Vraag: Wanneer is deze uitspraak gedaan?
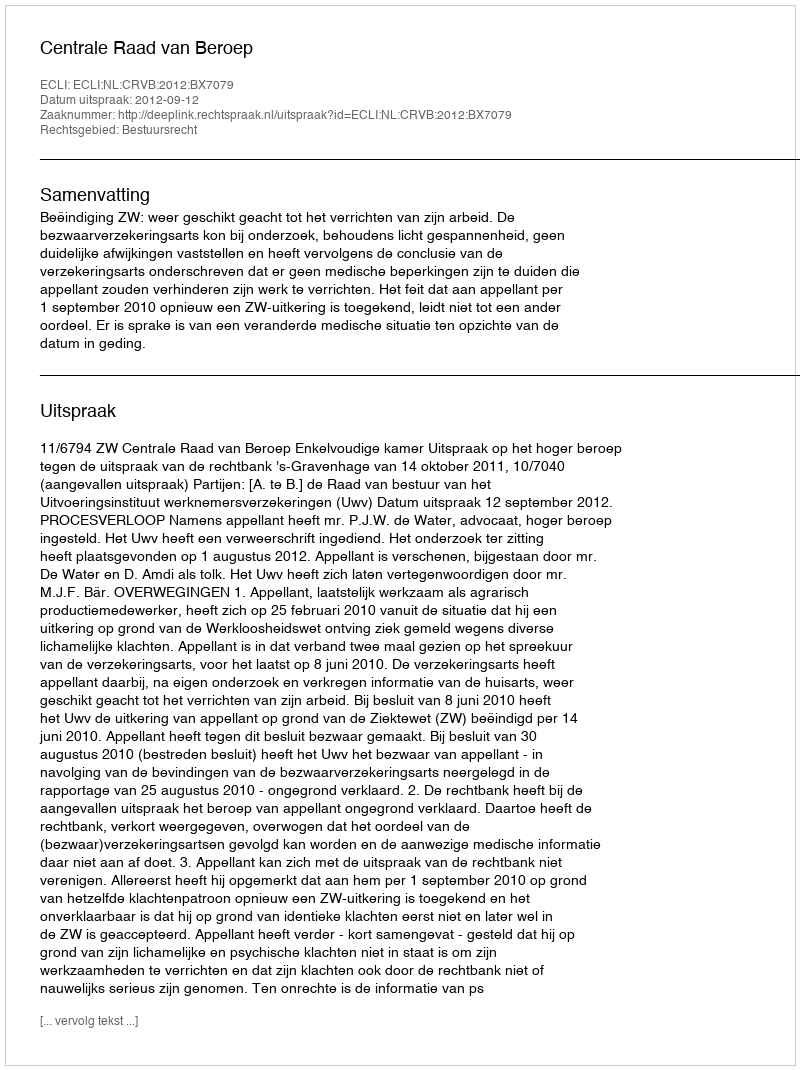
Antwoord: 2012-09-12